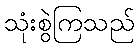
သုံးစွဲကြသည်